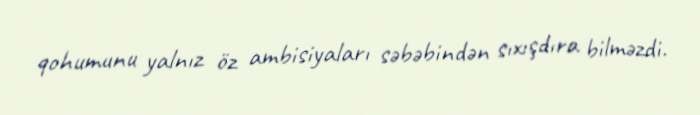
qohumunu yalnız öz ambisiyaları səbəbindən sıxışdıra bilməzdi.